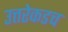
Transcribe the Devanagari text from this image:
उत्तरेकडच